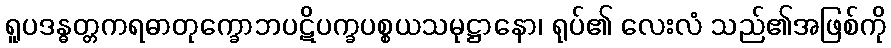
ရူပဒန္ဓတ္တကရဓာတုက္ခောဘပဋိပက္ခပစ္စယသမုဋ္ဌာနော၊ ရုပ်၏ လေးလံ သည်၏အဖြစ်ကို